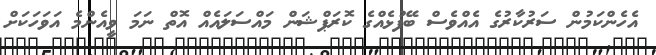
އެހެންކަމުން ސަރުކާރުގެ އެއްވެސް ބޭފުޅެއްގެ ކޮރަޕްޝަން މައްސަލައެއް އޮތް ނަމަ ވީއެންމެ އަވަހަކަށް